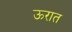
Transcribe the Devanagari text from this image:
ऊरात